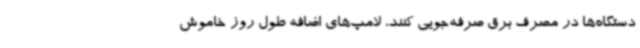
دستگاه‌ها در مصرف برق صرفه‌جویی کنند، لامپ‌های اضافه طول روز خاموش